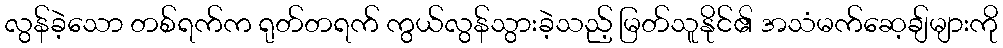
လွန်ခဲ့သော တစ်ရက်က ရုတ်တရက် ကွယ်လွန်သွားခဲ့သည့် မြတ်သူနိုင်၏ အသံမက်ဆေ့ချ်များကို